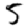
Digit: 5